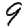
Digit: 9